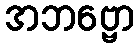
အဘဗ္ဗော